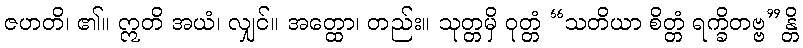
ဇဟတိ၊ ၏။ ဣတိ အယံ၊ လျှင်။ အတ္ထော၊ တည်း။ သုတ္တမှိ ဝုတ္တံ “သတိယာ စိတ္တံ ရက္ခိတဗ္ဗ”န္တိ